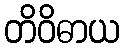
တိဝိဓာယ